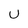
Character: U